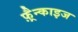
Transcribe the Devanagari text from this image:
फ़्रैन्काइज